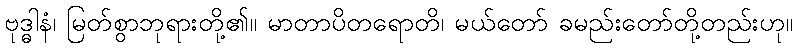
ဗုဒ္ဓါနံ၊ မြတ်စွာဘုရားတို့၏။ မာတာပိတရောတိ၊ မယ်တော် ခမည်းတော်တို့တည်းဟု။